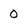
Character: 0